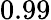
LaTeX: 0.99